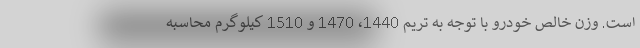
است. وزن خالص خودرو با توجه به تریم 1440، 1470 و 1510 کیلوگرم محاسبه